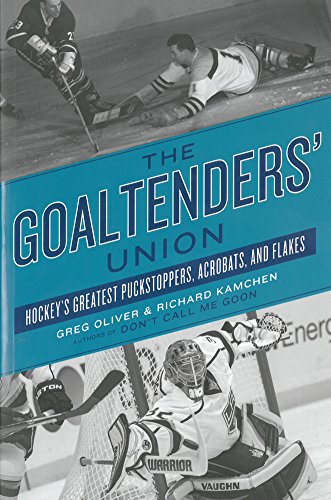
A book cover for The Goaltenders' Union: Hockey's Greatest Puckstoppers, Acrobats, and Flakes; Greg Oliver; Biographies & Memoirs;